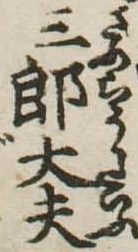
三郎太夫